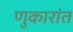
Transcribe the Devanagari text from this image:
णुकारांत